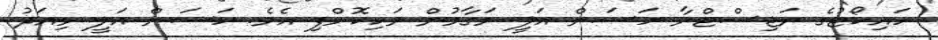
ހައިކޯޓުގެ ރަޖިސްޓްރާ ހަސަން އަލީ މަގާމުން ވަކިކޮށްފި އެވެ. ހަސަން އަލީ މިއަދު